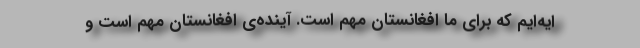
ایه‌ایم که برای ما افغانستان مهم است. آینده‌ی افغانستان مهم است و